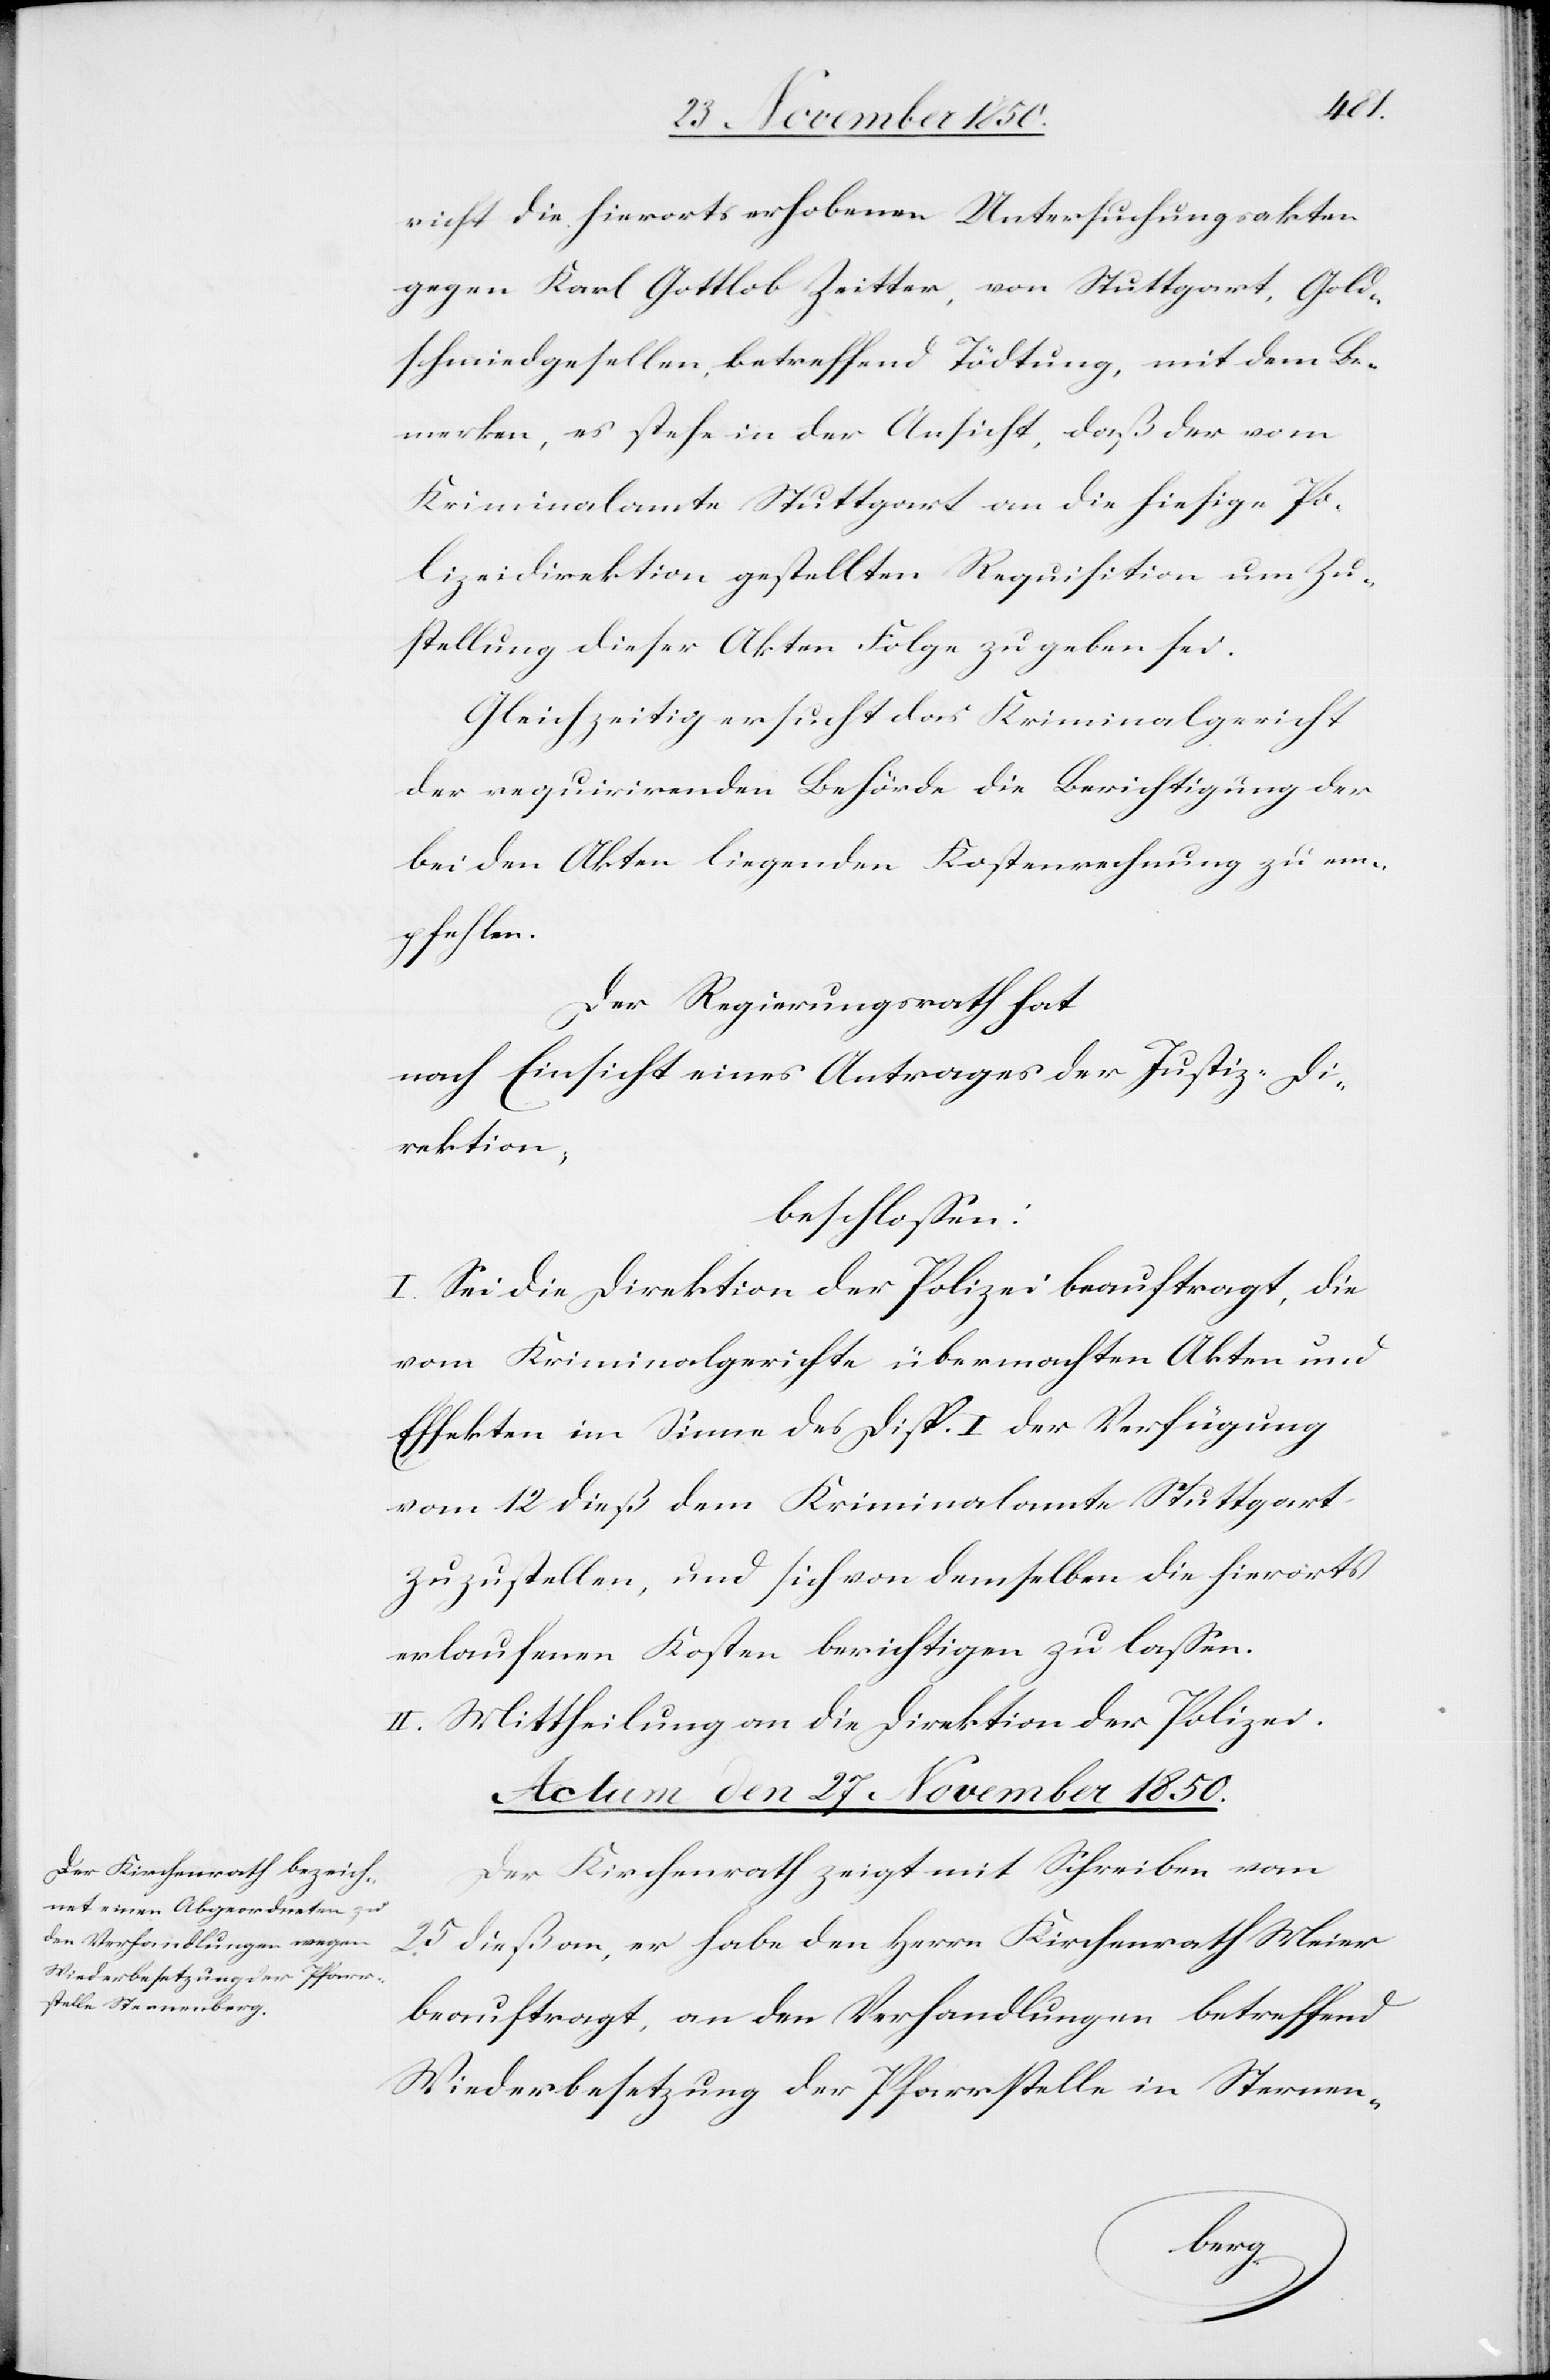
richt die hierorts erhobenen Untersuchungsakten
gegen Karl Gottlob Zeitter, von Stuttgart, Gold¬
schmiedgesellen, betreffend Tödtung, mit dem Be¬
merken, es stehe in der Ansicht, daß der vom
Kriminalamte Stuttgart an die hiesige Po¬
lizeidirektion gestellten Requisition um Zu¬
stellung dieser Akten Folge zu geben sei.
Gleichzeitig ersucht das Kriminalgericht
der requirirenden Behörde die Berichtigung der
bei den Akten liegenden Kostenrechnung zu em¬
pfehlen.
Der Regierungsrath hat
nach Einsicht eines Antrages der Justiz-Di¬
rektion;
beschlossen:
I. Sei die Direktion der Polizei beauftragt, die
vom Kriminalgerichte übermachten Akten und
Effekten im Sinne des Disp. I der Verfügung
vom 12 dieß dem Kriminalamte Stuttgart
zuzustellen, und sich von demselben die hierorts
erlaufenen Kosten berichtigen zu lassen.
II. Mittheilung an die Direktion der Polizei.
Actum den 27 November 1850.
Der Kirchenrath zeigt mit Schreiben vom
25 dieß an, er habe den Herrn Kirchenrath Meier
beauftragt, an den Verhandlungen betreffend
Wiederbesetzung der Pfarrstelle in Sternen-